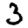
Digit: 3